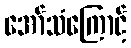
အော်သံကြောင့်